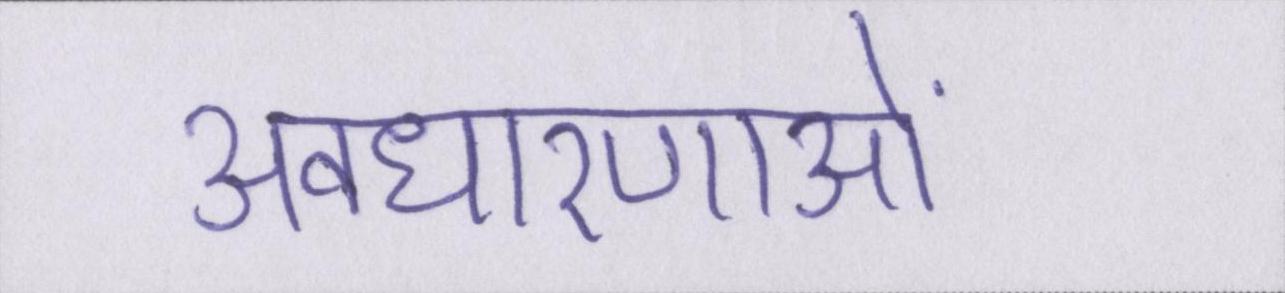
अवधारणाओं